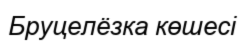
Бруцелёзка көшесі